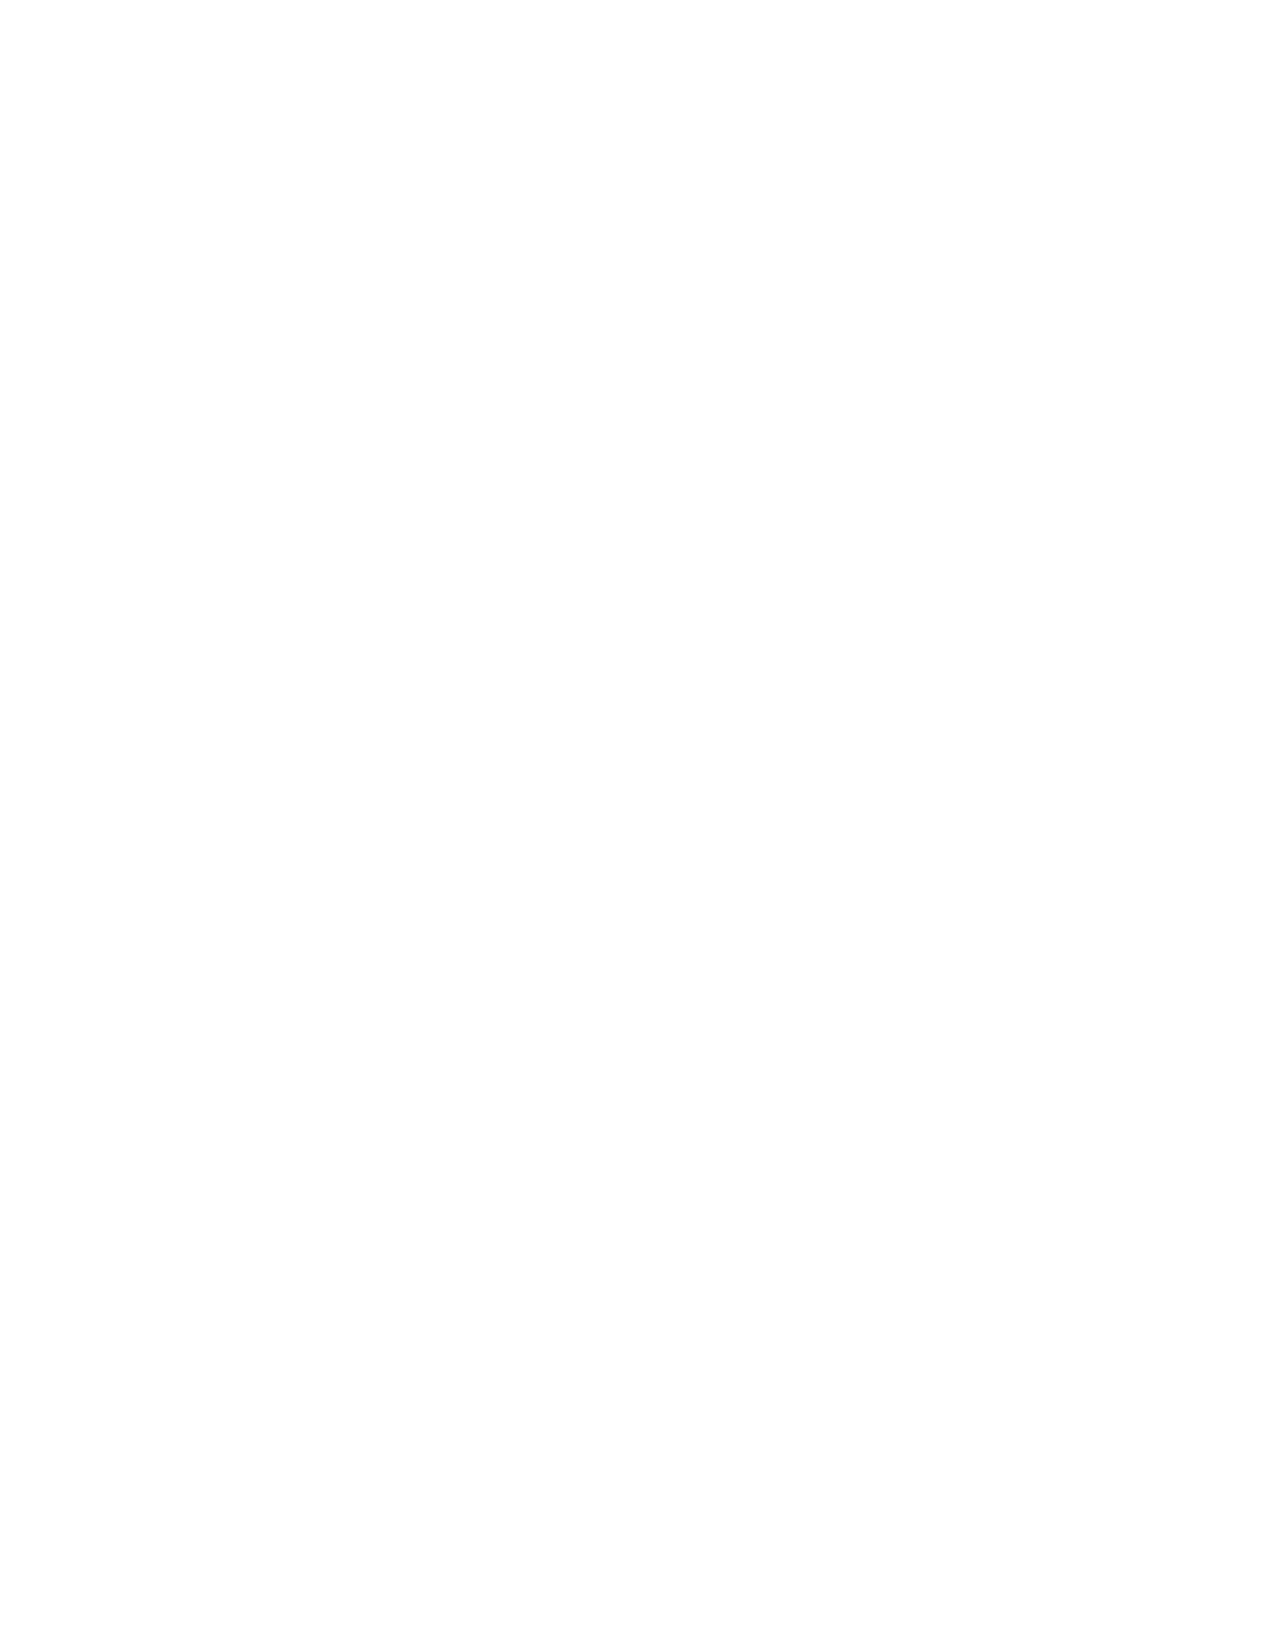
VerDate Apr 14 2004 11:04 Apr 14, 2004 Jkt 077500 PO 00000 Frm 00002 Fmt 8221 Sfmt 8221 C:\CONAN\CON020.XXX PRFM99 PsN: CON020